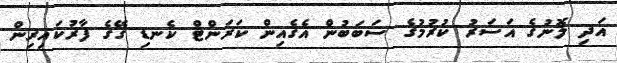
އަދި ލޮނުގެ އަސަރު ކުރުމުގެ ސަބަބުން އެގެއިން ކަރަންޓް ކެނޑި ގޭގެ ފާރުކައިރިން